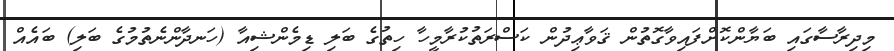
މިދިރާސާގައި ބަޔާންކޮށްފައިވާގޮތުން ޤަވާޢިދުން ކަސްރަތުކުރާމީހާ ހިތުގެ ބަލި ޑިމެންޝިއާ (ހަނދާންނެތުމުގެ ބަލި) ބައެއް